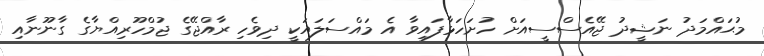
މުޙައްމަަދު ނަޝީދު ޖޭއެސްސީއަށް ހުށަހަޅާފައިވާ އެ މައްސަލައަކީ ދިވެހި ރާއްޖޭގެ ޖުމްހޫރިއްޔާގެ ގާނޫނާއި